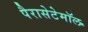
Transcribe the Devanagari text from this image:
पैरासेटेमॉल